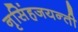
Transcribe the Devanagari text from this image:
नृसिंहजयन्ती